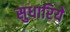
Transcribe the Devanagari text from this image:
सुधारिये